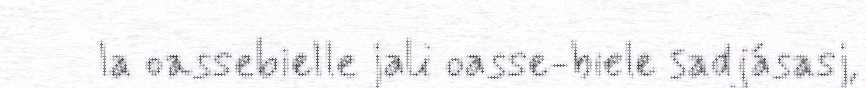
la oassebielle jali oasse-biele sadjásasj,